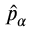
\hat { p } _ { \alpha }